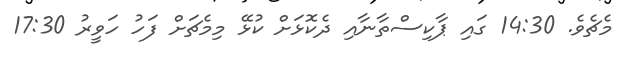
މެޗެވެ. 14:30 ގައި ޕާކިސްތާނާއި ދެކޮޅަށް ކުޅޭ މިމެޗަށް ފަހު ހަވީރު 17:30